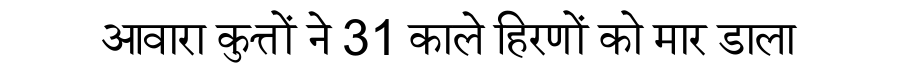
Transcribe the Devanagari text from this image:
आवारा कुत्तों ने 31 काले हिरणों को मार डाला